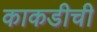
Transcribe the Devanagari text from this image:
काकडीची